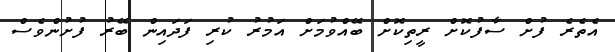
އެތެރެ ފުށް ސާފުކޮށް ރީތިކޮށް ބޭއްވުމަށް އަމުރު ކުރި ފަދައިން ބޭރު ފުށުންވެސް